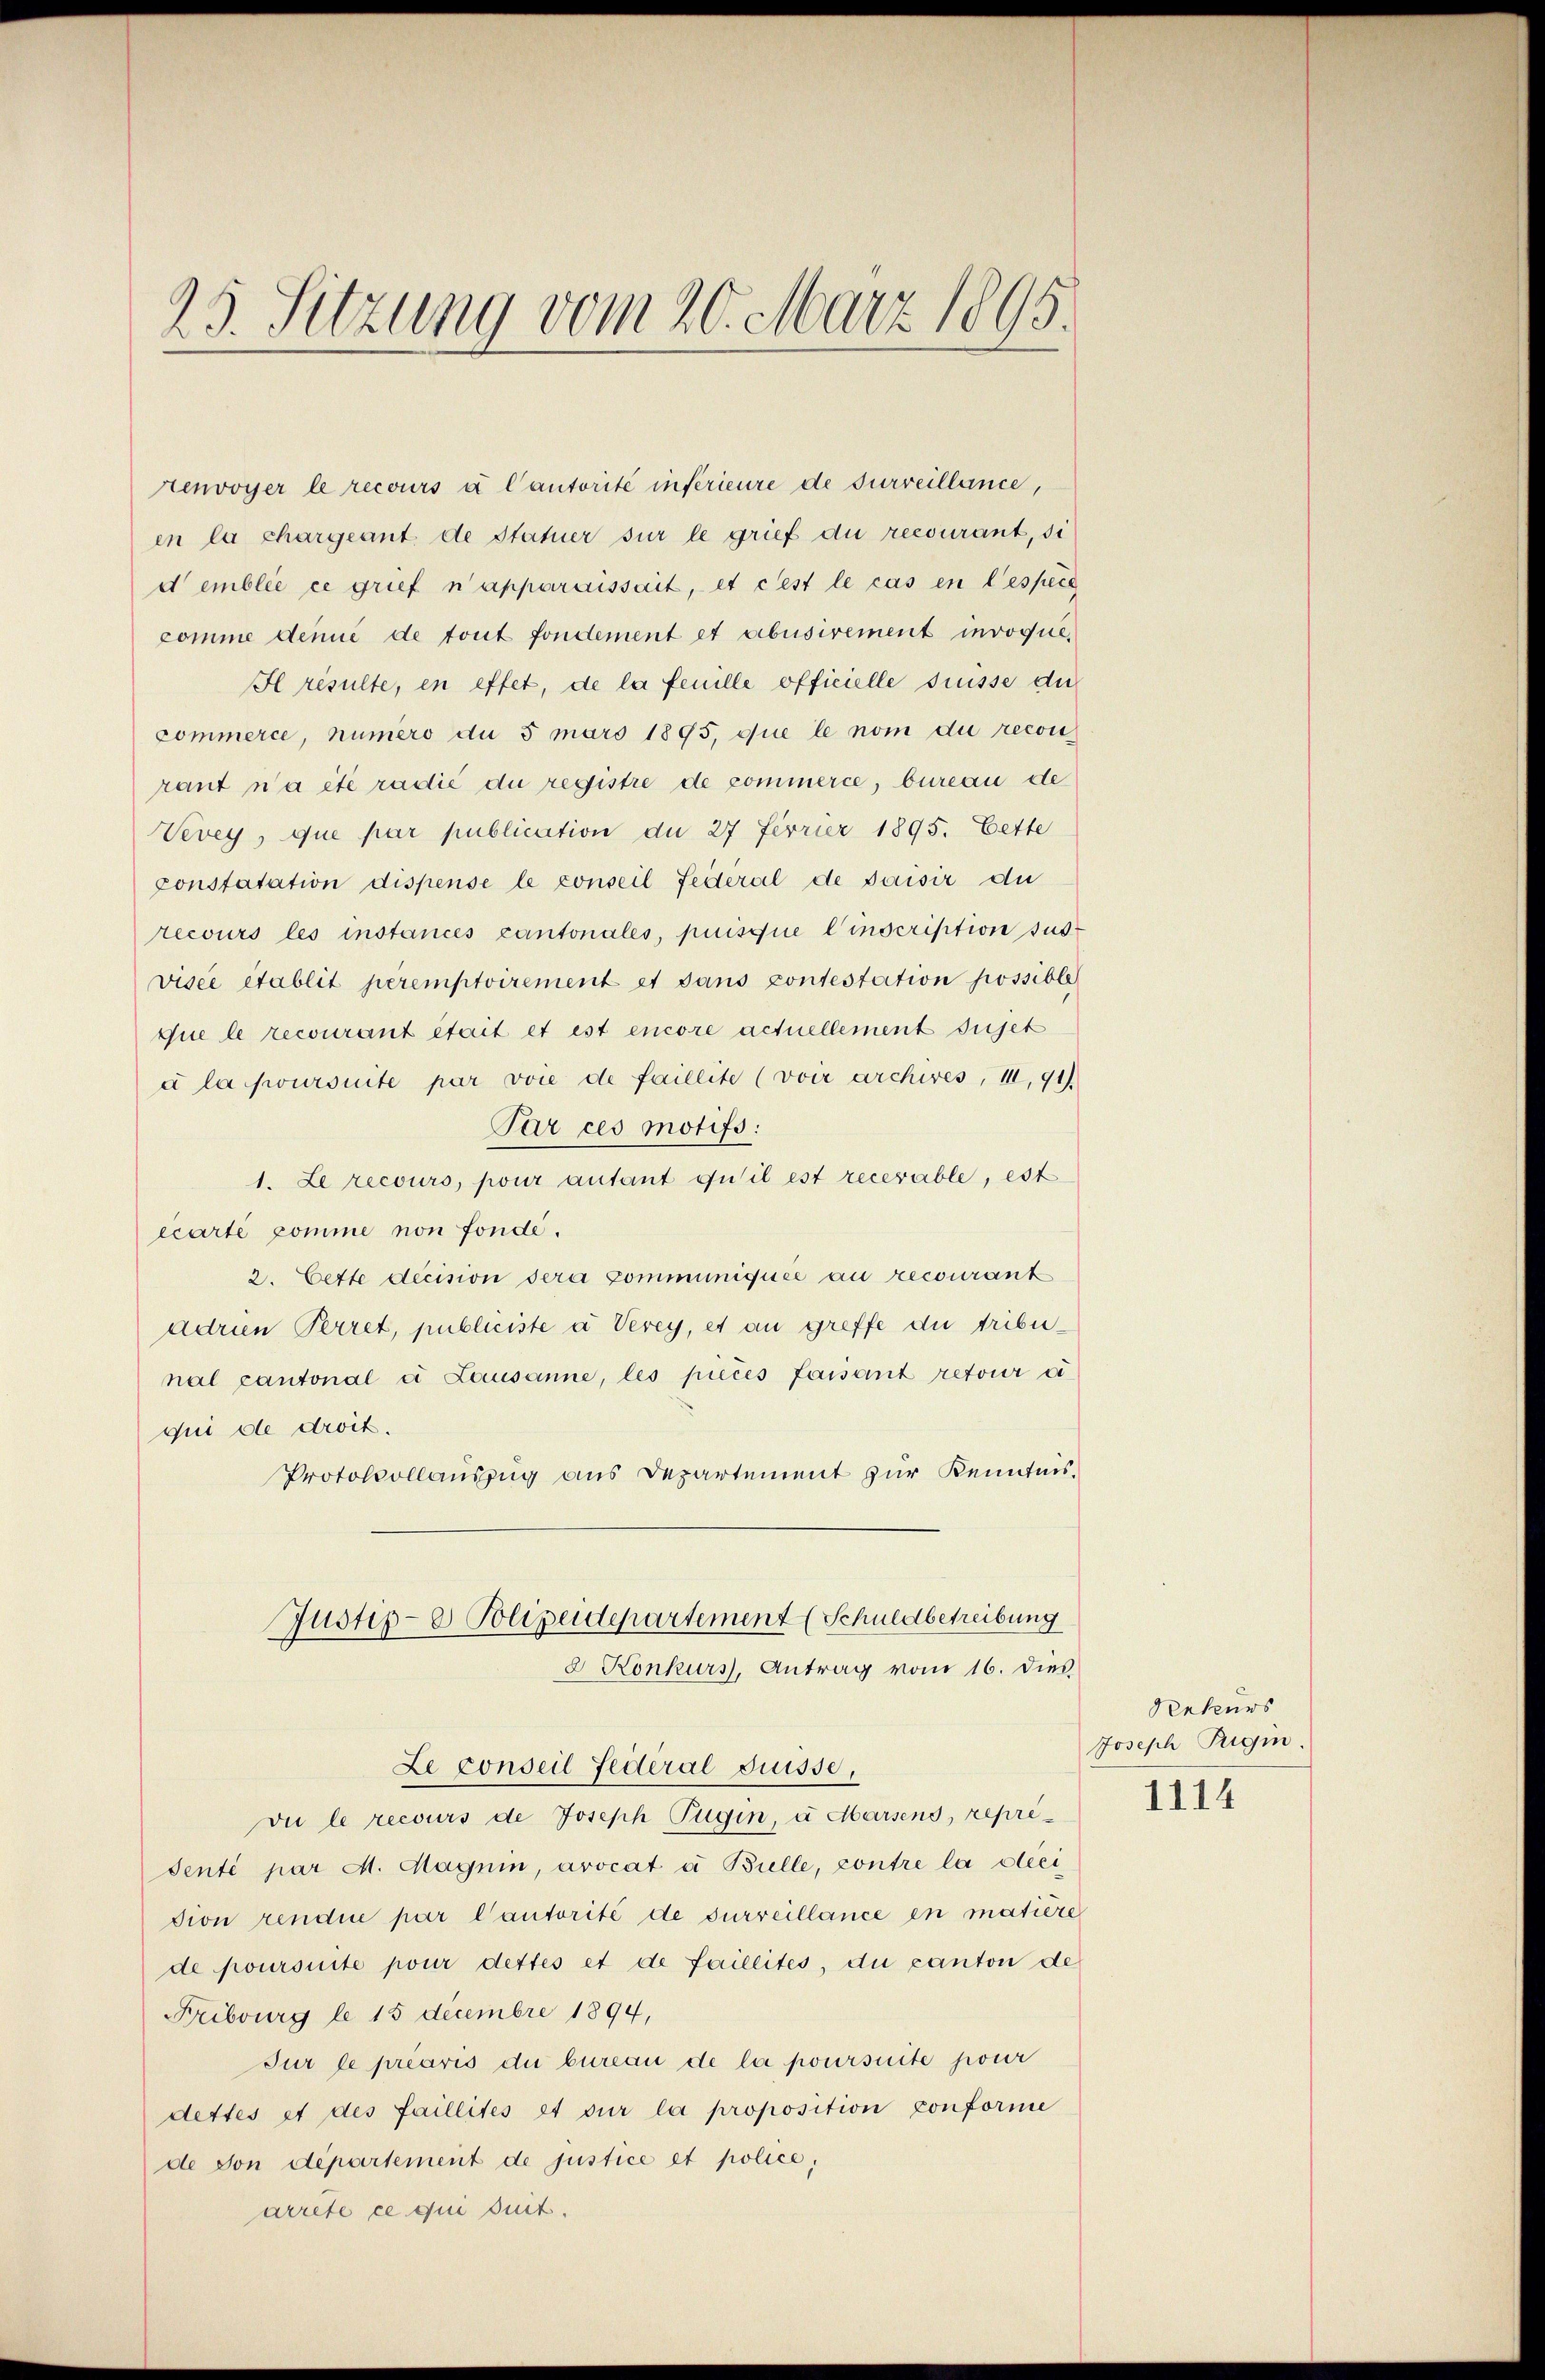
25. Sitzung vom 20. März 1895.

renvoyer le recours à l’autorité in Krieure de surveillance,
en la chargeant de Statuer sur le grief du recourant, si
demblée ee grief n’apparaissait, et cest le cas en lespers
comme dene de tout fondement et abusivement invoque,
Il resulte, in effet, de la feuille officielle suisse die
commerce, numero du 5 mars 1895, die le nom die recon
rant n’a été radié du registre de commerce, bureau de
Vevey, que par publication du 27 Ferrier 1895. Cette
constatation dispense le conseil fédéral de saisir dur
recours les instances cantonales, puisque l’inscription sus
visée établit peremptoirement et dans contestation possible
que le recourant était et est encore actuellement sujet
à la poursuite par voie de faillite (voir archives, III, 91).
Par ces motifs:
1. Le recours, pour autant qu’il est recevable, est
écarte pomme non fonde.
2. Cette decision sera communiquée au recourant
adrien Perret, publiciste a Verey, es an greffe du tribunal cantonal d. Lausanne, les pieces faisant retour d
qui de droit.
Protokollauszug aus Departement zur Kenntnis¬
Justiz- & Polizeidepartement (Schuldbetreibung
8 Konkurs, Antrag vom 16. dies
Le conseil Federal Suisse,
vu le recours de Joseph Fügin, a Marsens, representé par M. Magnin, avocat à Bielle, contre la deci
sion rendue par Cantorité de surveillance in matière
de poursuite pour dettes et de faillités, du canton de
Fribourg le 15 Decembre 1894,
Jur le préavis du bureau de la poursuite pour
dettes et des faillités et sur la proposition conforme
de von departement de justice et police,
arrete ce qui suit.

Rekurs
Joseph Rigin

1114